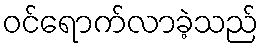
ဝင်ရောက်လာခဲ့သည်